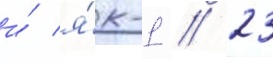
и́ я́к-1 // 23